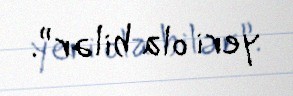
yeri ola bilər”.